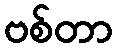
ဗစ်တာ